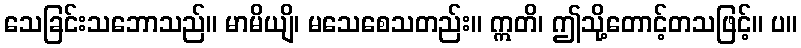
သေခြင်းသဘောသည်။ မာမိယျိ၊ မသေစေသတည်း။ ဣတိ၊ ဤသို့တောင့်တသဖြင့်။ ပ။